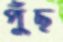
পুঁছ